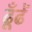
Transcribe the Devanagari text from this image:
ढूँढें